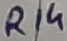
Text: R14